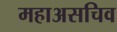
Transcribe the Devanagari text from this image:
महाअसचिव